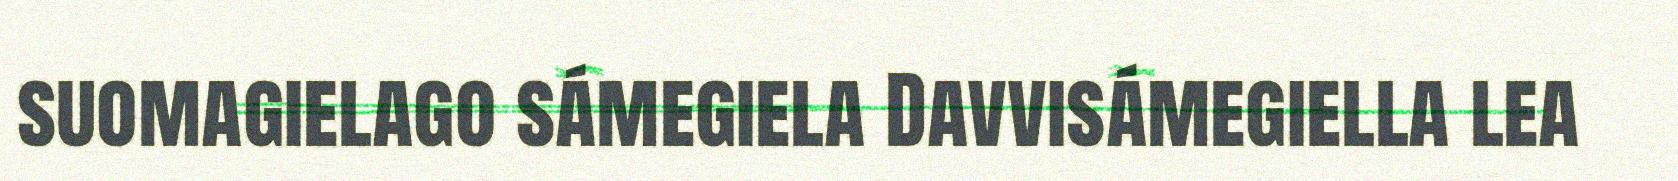
suomagielago sámegiela Davvisámegiella lea